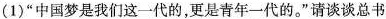
(1)”中国梦是我们这一代的，更是青年一代的。”请谈谈总书